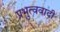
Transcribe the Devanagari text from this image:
प्रभुत्ववादी